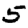
Digit: 5